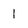
Character: l